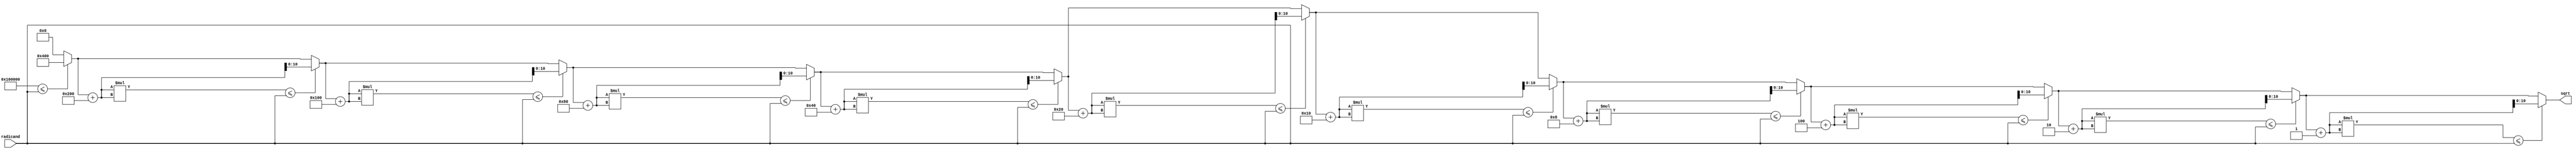
module sqrt_approx_23bit (
	input [22:0] radicand,
	output [10:0] sqrt
);
	
	reg [10:0] fin;
	reg [22:0] val;
	integer i;
	
	assign sqrt = fin;
	
	always@(radicand) begin
		fin = 0;
		val = radicand;
		for (i = 10; i >= 0; i = i - 1) begin
			// check if adding a 1 at ea bit place gets us closer to sqrt
			if( (fin+(1<<i))*(fin+(1<<i)) <= val )  begin
				fin = fin + (1<<i);
			end
		end
		
	end
	
endmodule